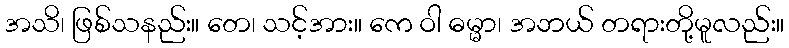
အသိ၊ ဖြစ်သနည်း။ တေ၊ သင့်အား။ ကေ ဝါ ဓမ္မာ၊ အဘယ် တရားတို့မူလည်း။